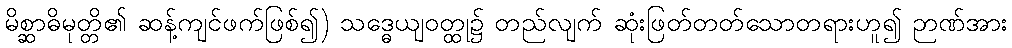
မိစ္ဆာဓိမုတ္တိ၏ ဆန့်ကျင်ဖက်ဖြစ်၍) သဒ္ဓေယျဝတ္ထု၌ တည်လျက် ဆုံးဖြတ်တတ်သောတရားဟူ၍ ဉာဏ်အား